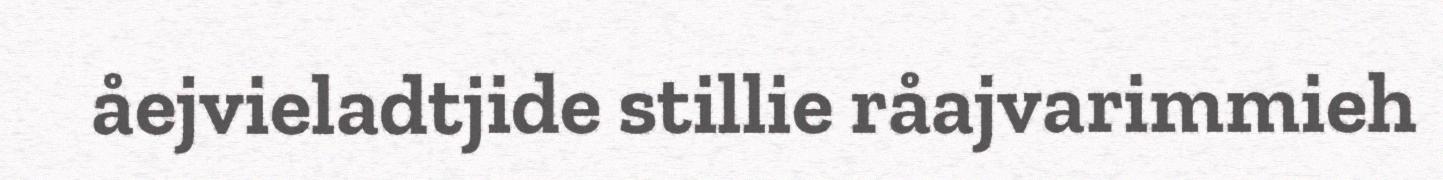
åejvieladtjide stillie råajvarimmieh